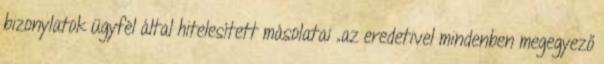
bizonylatok ügyfél által hitelesített másolatai „az eredetivel mindenben megegyező